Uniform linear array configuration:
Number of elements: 16
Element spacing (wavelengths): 0.75
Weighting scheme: binomial
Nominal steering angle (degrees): -45
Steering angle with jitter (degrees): -45.105
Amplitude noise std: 0.05
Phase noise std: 0.05

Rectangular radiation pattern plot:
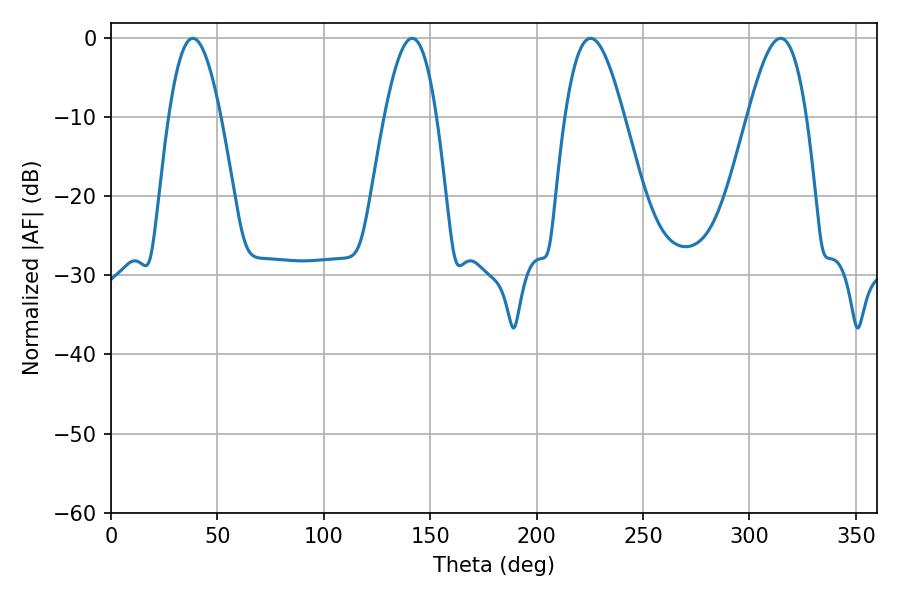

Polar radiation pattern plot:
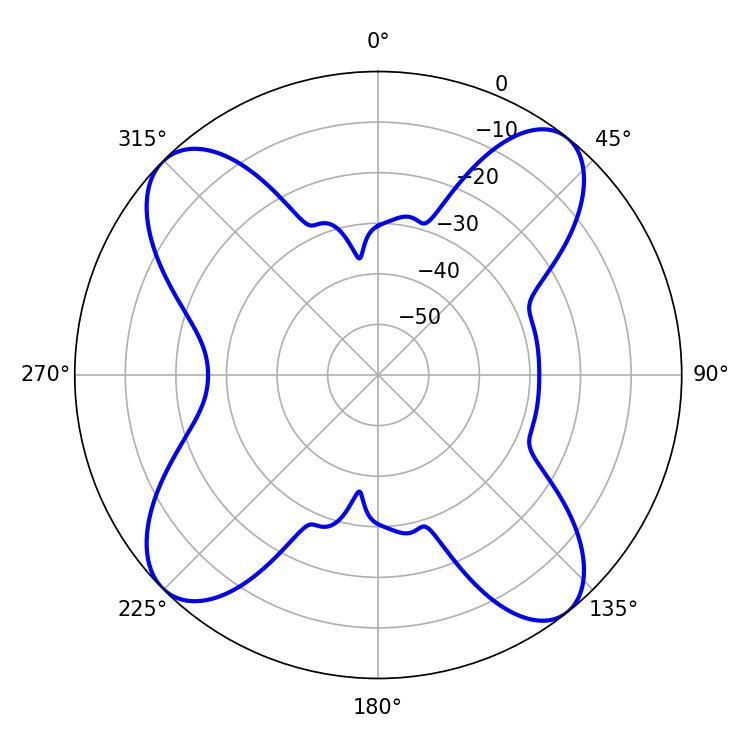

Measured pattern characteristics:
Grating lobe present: TRUE
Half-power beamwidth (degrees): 14.76
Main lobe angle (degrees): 225.36